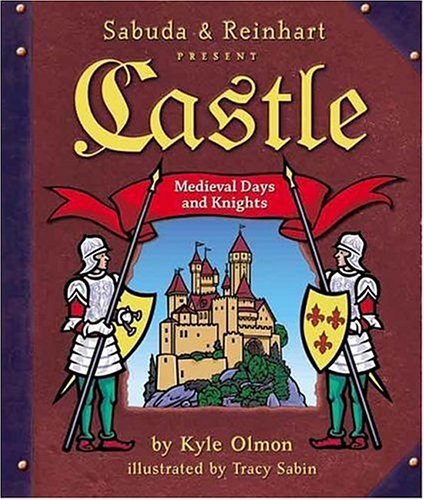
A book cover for Castle: Medieval Days and Knights (A Sabuda & Reinhart Pop-up Book); Kyle Olmon; Children's Books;